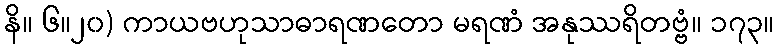
နိ။ ၆။၂၀) ကာယဗဟုသာဓာရဏတော မရဏံ အနုဿရိတဗ္ဗံ။ ၁၇၃။